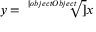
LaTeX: y = { \sqrt [ [object Object] ] { x } }